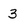
Character: 3